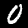
Digit: 0